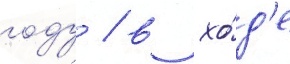
году / в хо́д'е